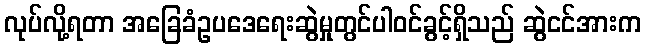
လုပ်လို့ရတာ အခြေခံဥပဒေရေးဆွဲမှုတွင်ပါဝင်ခွင့်ရှိသည် ဆွဲငင်အားက